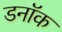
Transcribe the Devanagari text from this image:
डनॉक